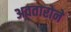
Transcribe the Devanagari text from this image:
अवतारोने